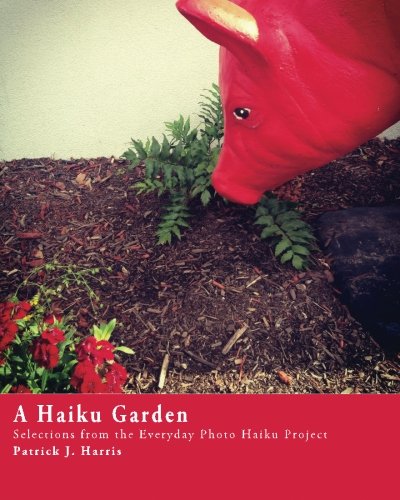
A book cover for A Haiku Garden: Selections from the Everyday Photo Haiku Project; Patrick J Harris; Literature & Fiction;